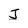
Character: J